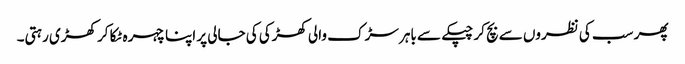
پھر سب کی نظروں سے بچ کر چپکے سے باہر سڑک والی کھڑکی کی جالی پر اپنا چہرہ ٹکا کر کھڑی رہتی۔